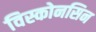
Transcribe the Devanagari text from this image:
विस्कोनसिन